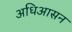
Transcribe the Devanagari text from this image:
अधिआसन